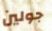
جولين